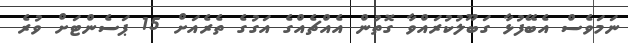
ނަމަވެސް އެބޭފުޅާ ގަބޫލުކުރައްވާ ގޮތުން އެއްޗެއްގެ އަގުގެ ތެރެއަށް 15 ޕަސެންޓަށް ވުރެ